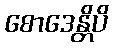
စောဒေန္တိပိ